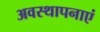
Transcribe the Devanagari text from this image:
अवस्थापनाएं